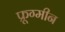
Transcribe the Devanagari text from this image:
फ्रूग्मीन